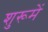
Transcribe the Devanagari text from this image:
शुरूमें